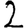
Digit: 2